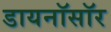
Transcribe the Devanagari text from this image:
डायनॉसॉर